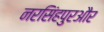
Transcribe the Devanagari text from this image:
नरसिंहपुरऔर